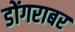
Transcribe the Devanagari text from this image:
डोंगराबर